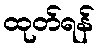
ထုတ်ရန်